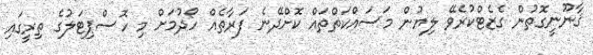
ޤާނޫނީގޮތުން ގެޒެޓްކުރެވޭ ލިޔުން މަސައްކަތްތައް ކޮށްދޭނެ ފަރާތެއް ހޯދުމަށް މި ހޮސްޕިޓަލުގެ ތިރީގައި